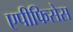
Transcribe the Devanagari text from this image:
एपीफिसेस